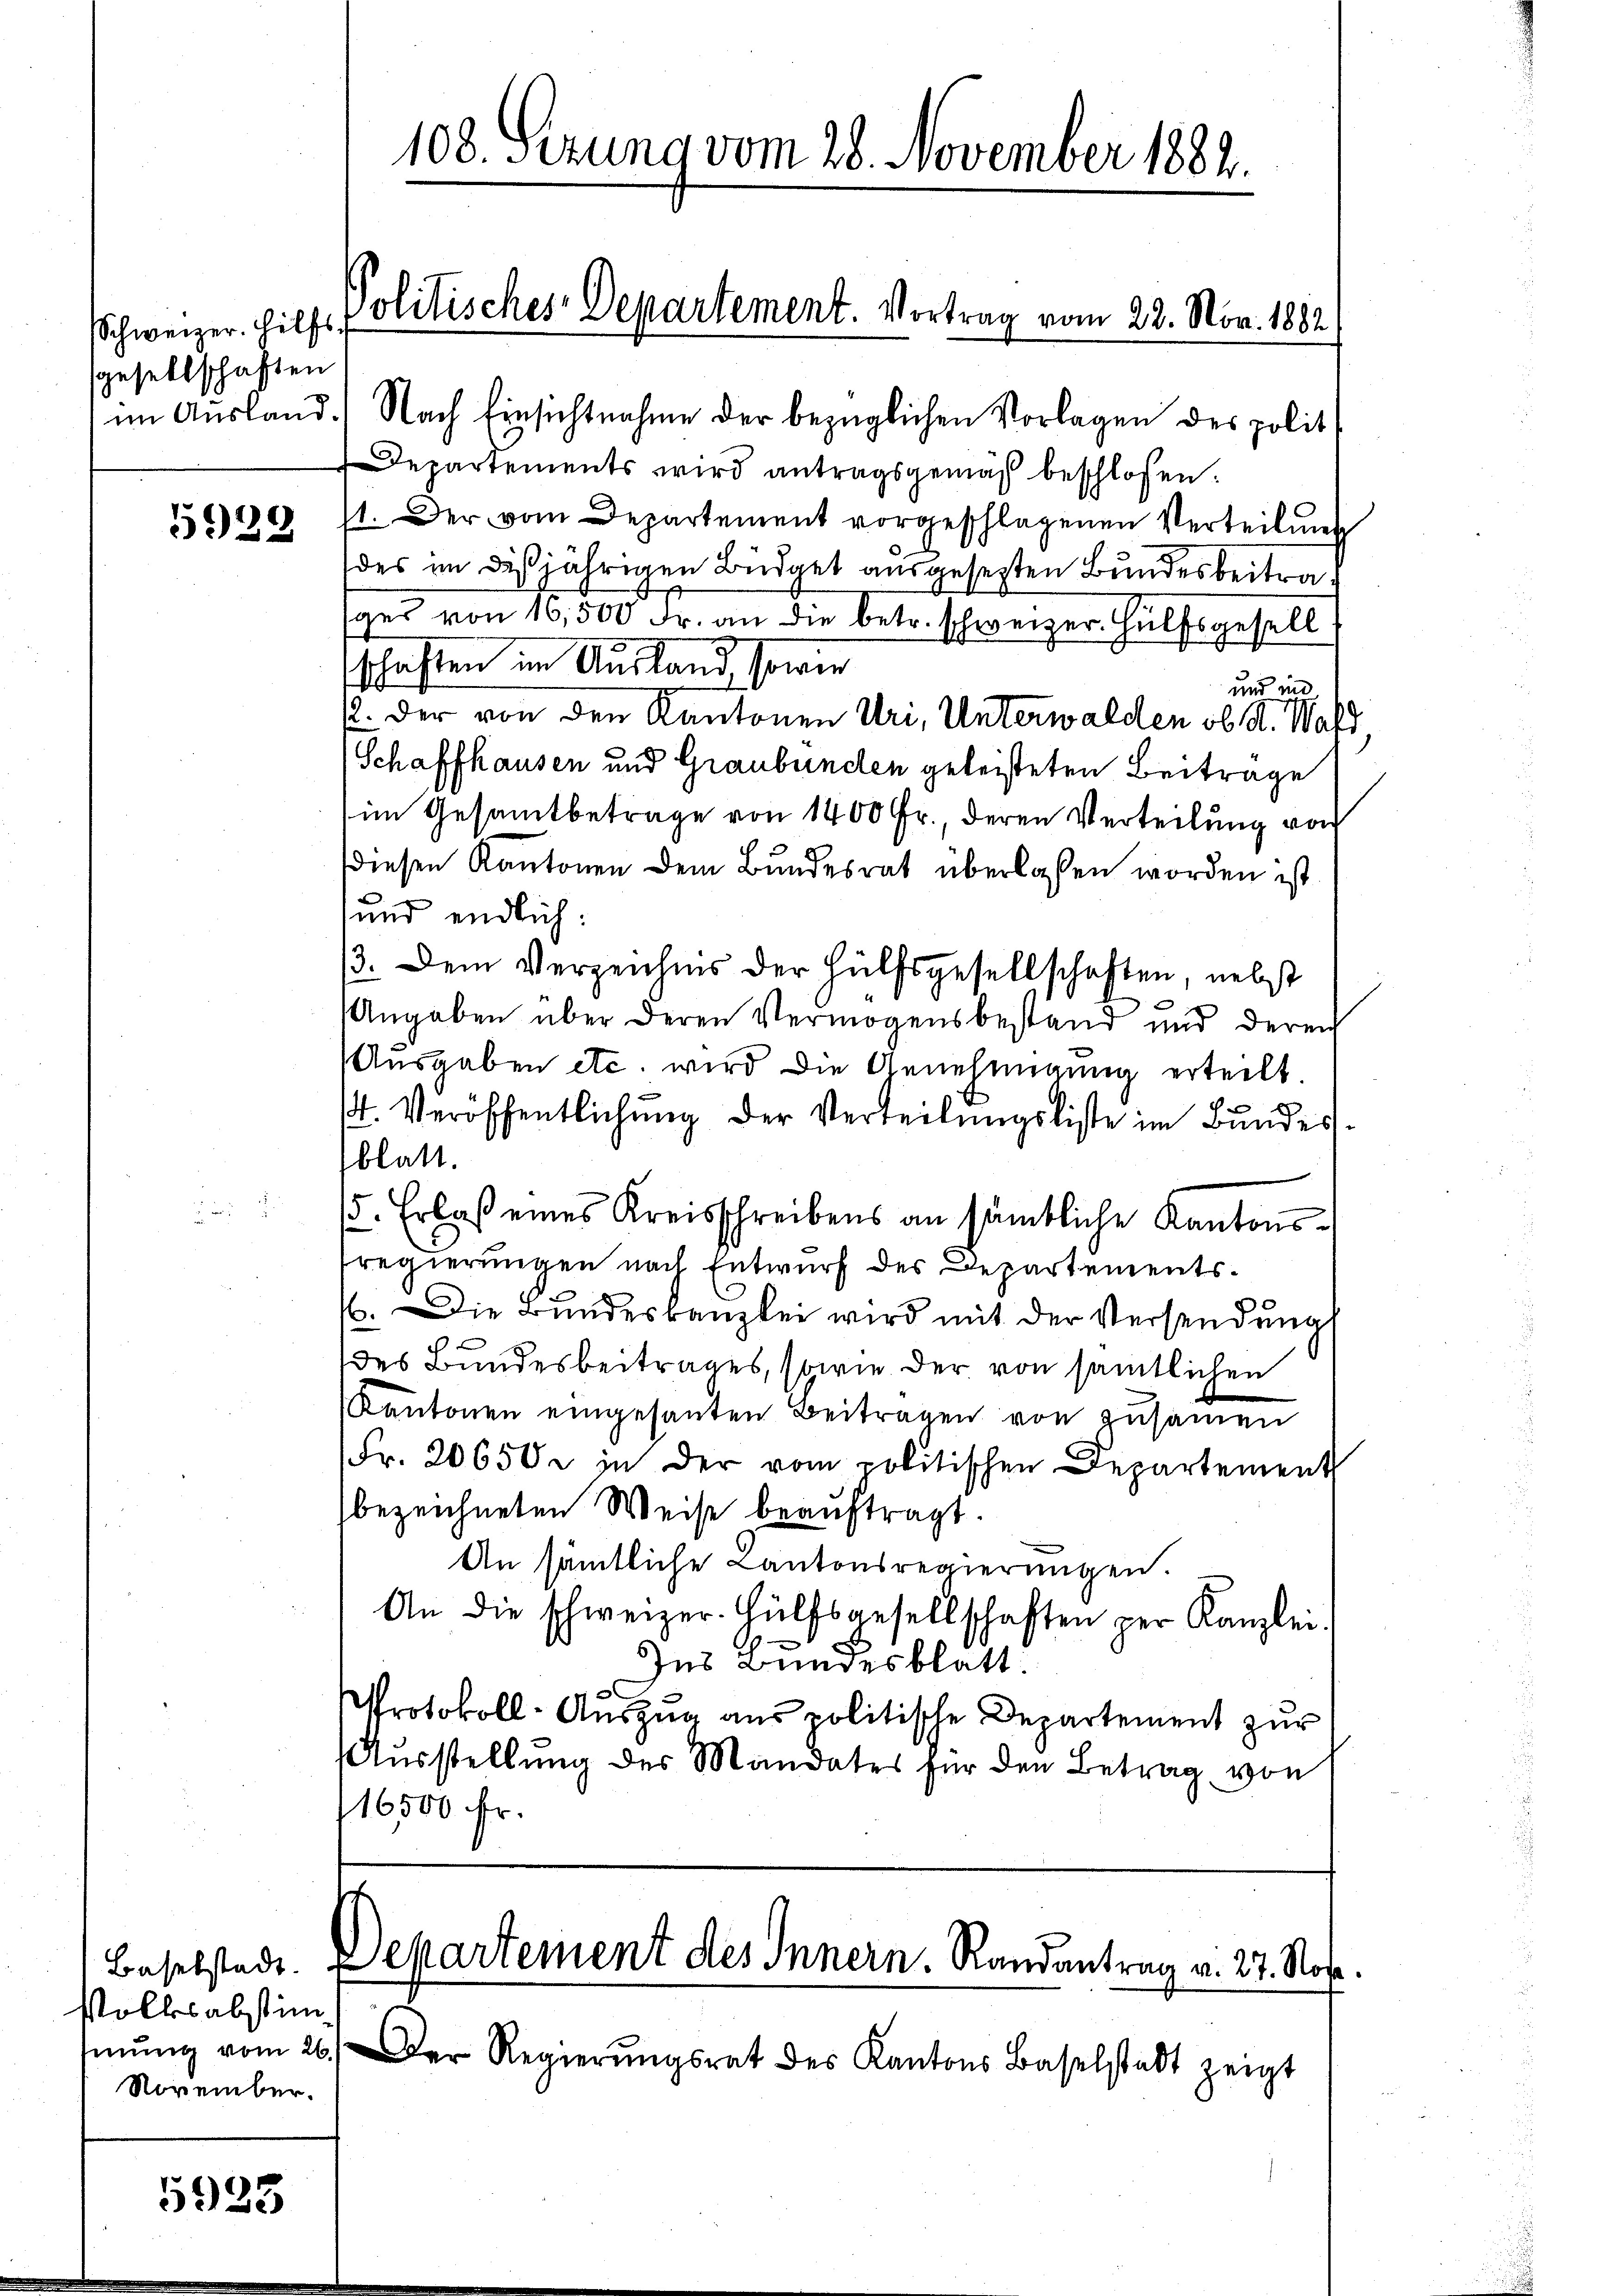
Schweizer. Hilfs
sgesellschaften

5929

Volksabstim
November.

5925

im Ausland) Nach Einsichtnahme der bezüglichen Vorlagen des polit
Departements wird antragsgemäß beschlossen.
st. Der vom Departement vorgeschlagenen Verteilung
des im dießjährigen Büdget ausgesezten Bundesbeitrag
ges von 16,500 Fr. an die betr. schweizer Hülfsgesell
schaften im Ausland, sowie
und in
12. Der von den Kantonen Uri, Unterwalden ob K. Wal
Schaffhausen und Graubünden geleisteten Beitrage
im Gesamtbetrage von 1400 Fr., deren Verteilung von
diesen Kantonen dem Bundesrat überlassen worden ist
und endlich:
3. Dem Verzeichnis der Hülfsgesellschaften, nebst
Angaben über deren Vermögensbestand und deren
Aŭsgaben etc. wird die Genehmigŭng erteilt.
st. Veröffentlichung der Verteilungsliste im Bundesblatt.
5. Erlaß eines Kreisschreibens an sämtliche Kantonsregierungen nach Entwurf des Departements¬
6. Die Bundeskanzlei wird mit der Versendung
des Bundesbeitrages, sowie der von sämtlichen
Kantonen eingesanten Beitragen von zusammen
Fr. 20650 in der vom politischen Departement
bezeichneten Weise beauftragt.
An sämtliche Kantonsregierungen.
An die schweizer. Hülfsgesellschaften per Kanzlei-
Ins Bundesblatt.
Protokoll-Auszug aus politische Departement zur
Aŭsstellŭng des Mandates für den Betrag von
116500 Fr.
Baselstadt. Departement des Innern. Randantrag v. 27. Nov.
mŭng vom 26. Der Regierŭngsrat des Kantons Baselstadt zeigt

108. Sezung vom 28. November 1882.

Politisches Departement. Vortrag vom 22. Nov. 1882